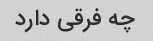
چه فرقی دارد